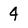
Character: 4